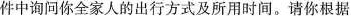
件中询问你全家人的出行方式及所用时间。请你根据